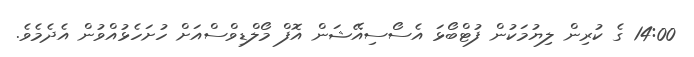
14:00 ގެ ކުރިން ލިޔުމަކުން ފުޓްބޯޅަ އެސޯސިއޭޝަން އޮފް މޯލްޑިވްސްއަށް ހުށަހެޅުއްވުން އެދެމެވެ.